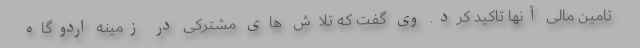
تامین مالی آنها تاکید کرد. وی گفت که تلاش های مشترکی در زمینه اردوگاه